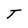
Character: T